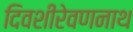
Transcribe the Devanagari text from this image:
दिवशीरेवणनाथ